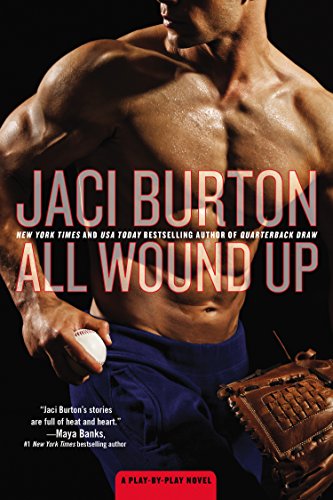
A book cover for All Wound Up (A Play-by-Play Novel); Jaci Burton; Romance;